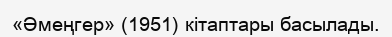
«Әмеңгер» (1951) кітаптары басылады.